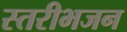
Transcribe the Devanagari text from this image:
स्तरीभजन